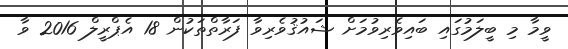
ވީމާ މި ބީލަމުގައި ބައިވެރިވުމަށް ޝައުޤުވެރިވާ ފަރާތްތަކުން 18 އެޕްރީލް 2016 ވާ